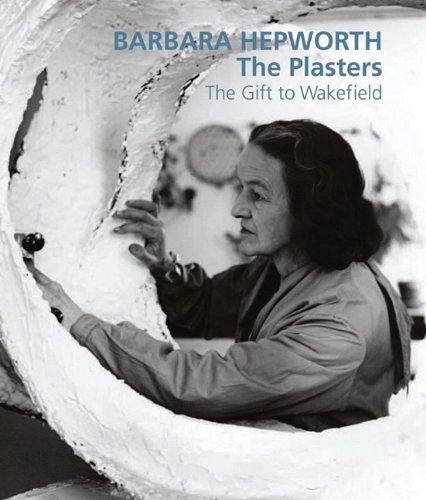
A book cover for Barbara Hepworth: The Plasters; Sophie Bowness; Arts & Photography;